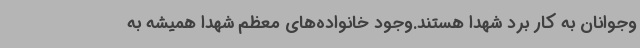
وجوانان به کار برد شهدا هستند.وجود خانواده‌های معظم شهدا همیشه به